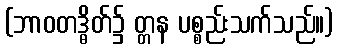
(ဘာဝတဒ္ဓိတ်၌ တ္တန ပစ္စည်းသက်သည်။)